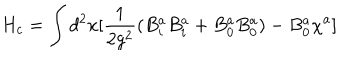
LaTeX: H _ { c } = \int d ^ { 2 } x [ \frac { 1 } { 2 g ^ { 2 } } ( B _ { i } ^ { a } B _ { i } ^ { a } + B _ { 0 } ^ { a } B _ { 0 } ^ { a } ) - B _ { 0 } ^ { a } \chi ^ { a } ]